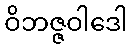
ဝိဘဇ္ဇဝါဒေါ